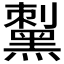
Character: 𪑟